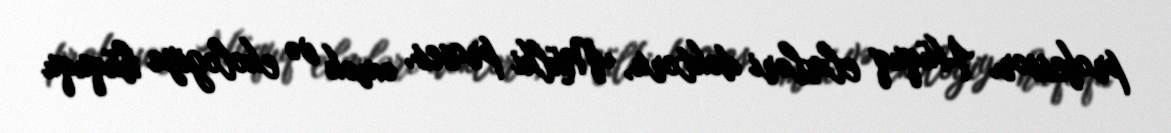
professor, Hüquq elmləri doktoru, Mülki proses, əmək və ekologiya hüququ